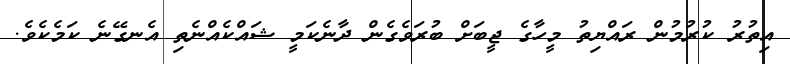
އިތުރު ކުރުމުން ރައްޔިތު މީހާގެ ޖީބަށް ބުރަވެގެން ދާނެކަމީ ޝައްކެއްނެތި އެނގޭނެ ކަމެކެވެ.